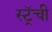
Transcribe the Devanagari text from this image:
स्ट्रॅची